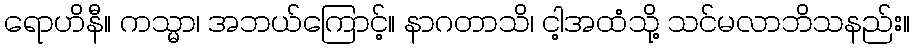
ရောဟိနီ။ ကသ္မာ၊ အဘယ်ကြောင့်။ နာဂတာသိ၊ ငါ့အထံသို့ သင်မလာဘိသနည်း။